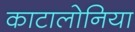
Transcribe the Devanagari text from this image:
काटालोनिया